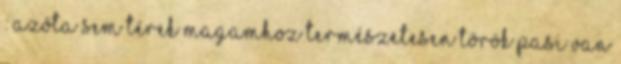
: Azóta sem térek magamhoz Természetesen török pasi van